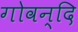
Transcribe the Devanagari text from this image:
गोवन्दि